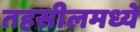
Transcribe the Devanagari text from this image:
तहसीलमध्ये